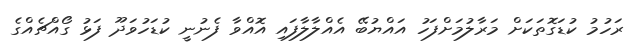
ރަހުމު ކުޑަގޮތަކަށް މަރާލުމަށްފަހު އައްޔުބޭ އެއްލާލާފައި އޮއްވާ ފެނުނީ ކުޑަހުވަދޫ ފަޅު ގޯއްޗެއްގެ